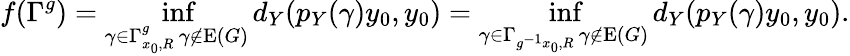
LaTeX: f(\Gamma^{g})=\operatorname*{inf}_{\substack{\gamma\in\Gamma_{x_{0},R}^{g}\, \gamma\notin\mathrm{E}(G)}}d_{Y}(p_{Y}(\gamma)y_{0},y_{0})=\operatorname*{inf}_{\substack{\gamma\in\Gamma_{g^{-1}x_{0},R}\, \gamma\notin\mathrm{E}(G)}}d_{Y}(p_{Y}(\gamma)y_{0},y_{0}).